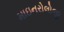
માઇનરોલોજી